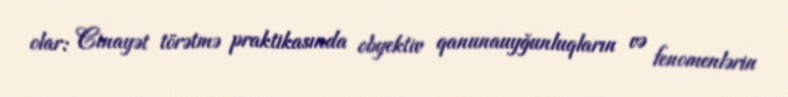
olar: Cinayət törətmə praktikasında obyektiv qanunauyğunluqların və fenomenlərin